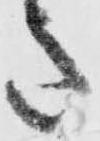
意